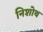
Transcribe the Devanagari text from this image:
निशोथ